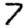
Digit: 7